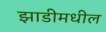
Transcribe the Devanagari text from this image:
झाडीमधील